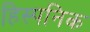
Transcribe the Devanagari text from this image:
हिस्पनिक